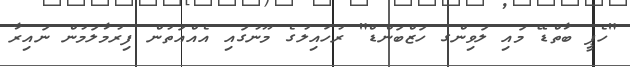
"ހެޕީ ބާތްޑޭ މައި ލަވިންގ ހަޒްބަންޑް" ރުހައިލުގެ މޫނުގައި އެއްއަތުން ފިރުމާލަމުން ނައިރާ